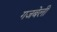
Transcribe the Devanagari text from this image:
गजबेली